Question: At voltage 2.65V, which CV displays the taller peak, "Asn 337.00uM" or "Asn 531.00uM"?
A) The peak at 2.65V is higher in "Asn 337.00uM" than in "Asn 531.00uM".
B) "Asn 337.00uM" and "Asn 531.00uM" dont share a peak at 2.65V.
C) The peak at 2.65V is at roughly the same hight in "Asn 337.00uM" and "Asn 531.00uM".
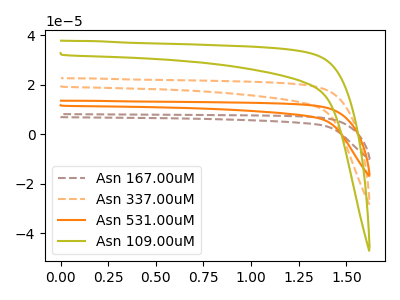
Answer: <think>The brown dashed curve "Asn 167.00uM" has no peaks. The orange dashed curve "Asn 337.00uM" has no peaks. The orange curve "Asn 531.00uM" has no peaks. The olive curve "Asn 109.00uM" has no peaks.</think>
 <answer>B) "Asn 337.00uM" and "Asn 531.00uM" dont share a peak at 2.65V.</answer>
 <eval>B</eval>